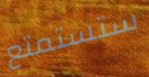
ستستمتع